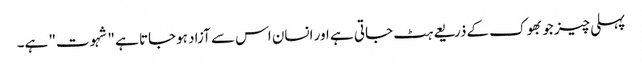
پہلی چیز جو بھوک کےذریعے ہٹ جاتی ہے اور انسان اس سے آزاد ہوجاتا ہے "شہوت" ہے۔